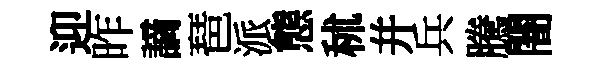
迎昨謫琶派態秫幷兵騰闇